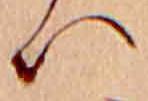
ハ